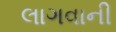
લાગવાની